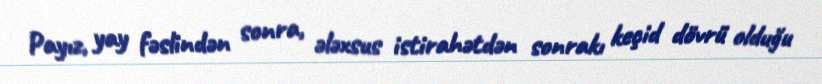
Payız, yay fəslindən sonra, ələxsus istirahətdən sonrakı keçid dövrü olduğu